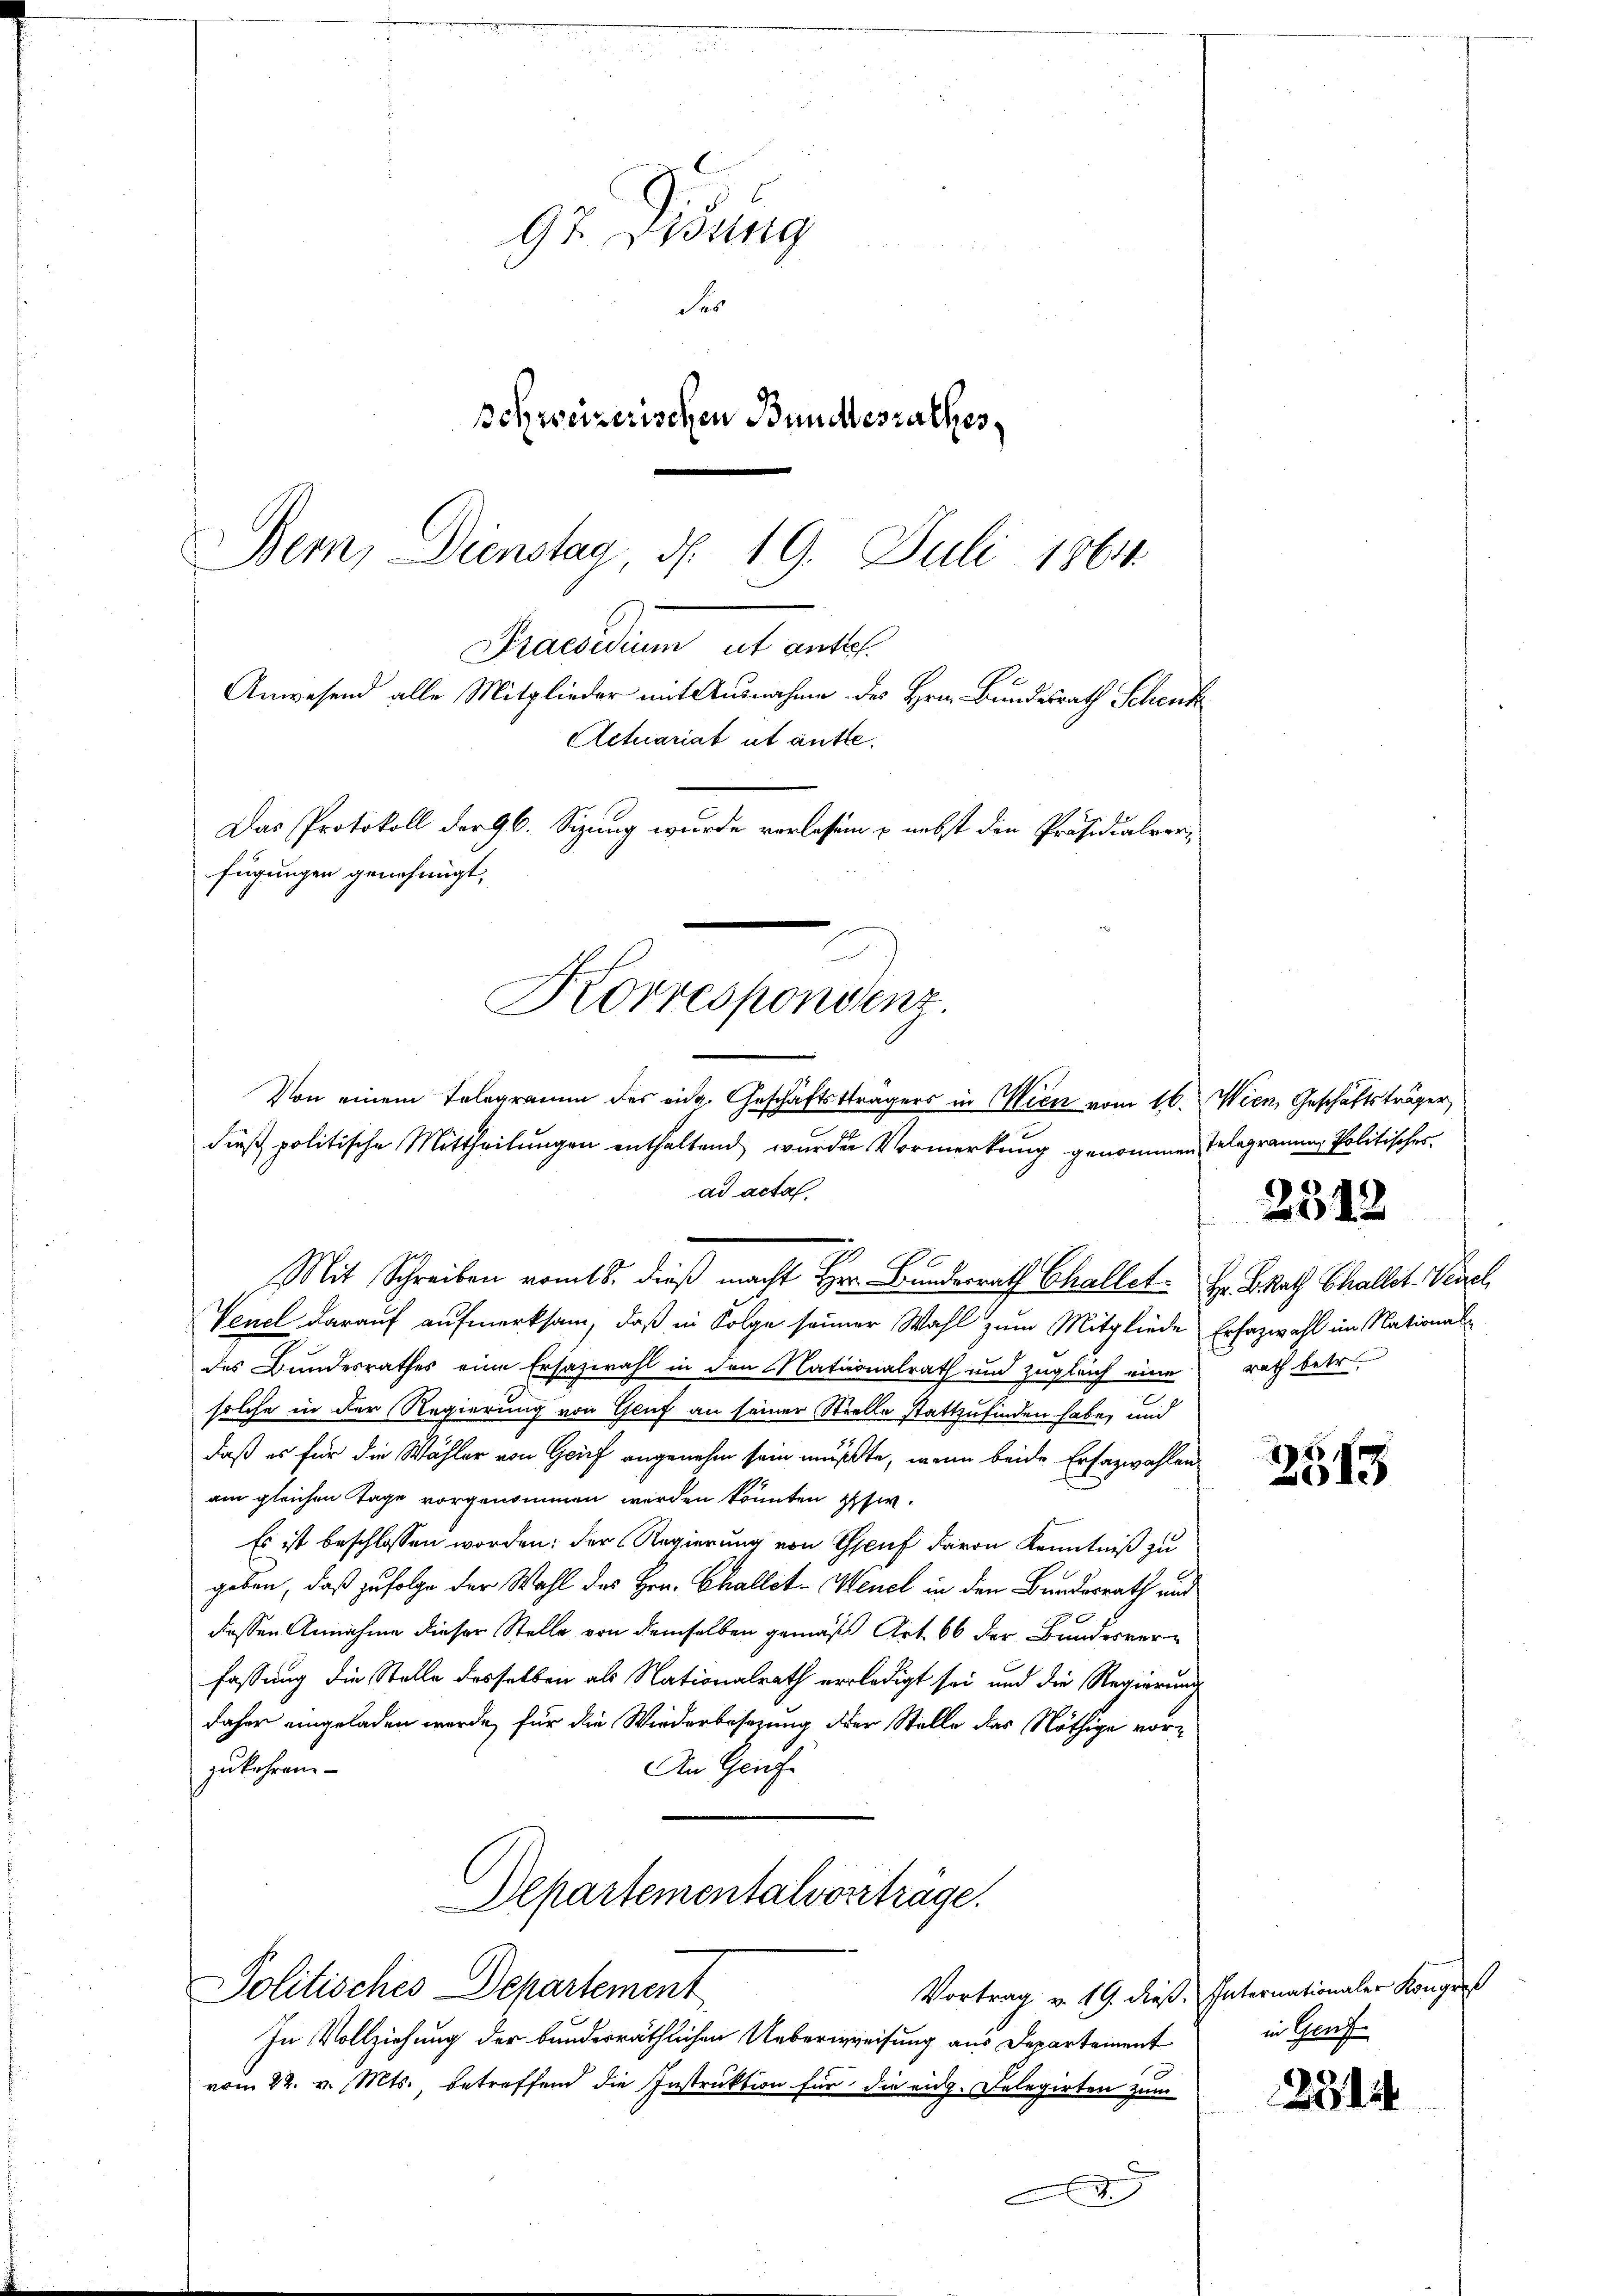
9 Didung
Fe
Schweizerischen Bundesrathes,
Bern, Dienstag, d. 19. Juli 1864.

Praesiduum ut anseh
fügungen genehmigt,
Korrespondenz.
Von einem Telegramm des eidg. Geschäftsträgers in Wien vom 16. Wien, Geschäftsträger,

dieß politische Mittheilungen enthaltend wurde Vormerkung genommen Telegramm, Politischer
ad acta
Mit Schreiben vom 18. dieß macht Hr. Bundesrath Challet Hr. BRath Challet. Venel
Venel darauf aufmerksam, daß in Folge seiner Wahl zum Mitgliede Erfazwahl im Nationaldes Bundesrathes eine Ersazwahl in den Nationalrath und zugleich eine
solche in der Regierung von Gruf an seiner Stielle stattzufinden habe, und
daß es für die Wähler von Grief angenehm sein mußte, wenn beide Erfazwahlen
am gleichen Tage vorgenommen werden könnten ppt.
Es ist beschlossen worden; der Regierung von Genf Baron Kenntniß zu
geben, daß zufolge der Wahl des Hrn. Challet-Menel in den Bundesrath und
dessen Annahme dieser Stelle von demselben gemäß Art. 66 der Bundesverfassung die Stelle desselben als Nationalrath erledigt sei und die Regierung
daher eingeladen werde, für die Wiederbesezung der Stelle das Nöthige vorzukehren.
An Genf
Departementalvorträge.
Politisches Departement
Vortrag v. 19. dieß. Internationaler Kongres
In Vollziehung der bundesräthlichen Ueberweisung aus Departement
vom 22. v. Mts., betreffend die Instruktion für die eidg. Delegirten zum
.

Anwesend alle Mitglieder mit Ausnahme des Hrn. Bundesrath Schenk
Actuariat ut antte.
Das Protokoll der 96. Sizung wurde verlesen & nebst den Präsidialver¬

rath betr.

2312

27
613

in Genf.

231